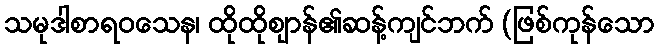
သမုဒါစာရဝသေန၊ ထိုထိုဈာန်၏ဆန့်ကျင်ဘက် (ဖြစ်ကုန်သော